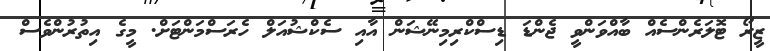
ޒީރޯ ޓޮލަރެންސެއް ބާއްވަންވީ ޖެންޑަ ޑިސްކްރިމިނޭޝަން އާއި ސެކްޝުއަލް ހެރަސްމަންޓަށް. މީގެ އިތުރުންވެސް